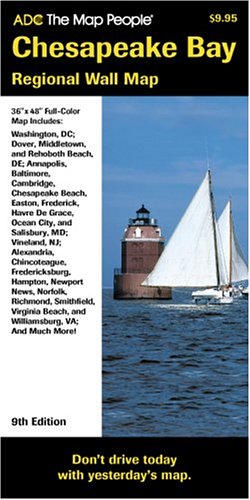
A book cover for Chesapeake Bay MD Regional; Travel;